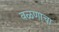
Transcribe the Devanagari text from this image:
वळणाचा